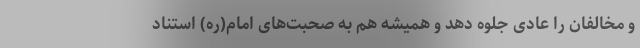
و مخالفان را عادی جلوه ‌دهد و همیشه هم به صحبت‌های امام(ره) استناد